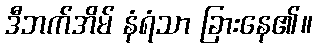
ဒီဘက်အိမ် နံရံသာ ခြားနေ၏။